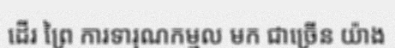
ដើរ ព្រៃ ការទារុណកម្មល មក ជាច្រើន យ៉ាង